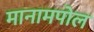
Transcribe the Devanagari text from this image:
मानामपोल